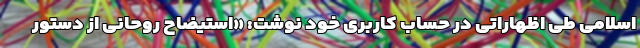
اسلامی طی اظهاراتی در حساب کاربری خود نوشت: «استیضاح روحانی از دستور